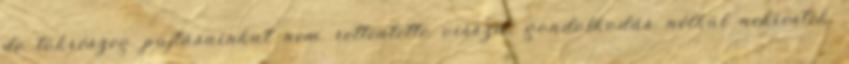
de tökrészeg pajtásainkat nem rettentette vissza, gondolkodás nélkül nekiestek